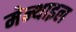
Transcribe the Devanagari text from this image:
मेन्थाइल